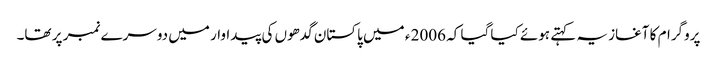
پروگرام کا آغاز یہ کہتے ہوئے کیا گیا کہ 2006 ء میں پاکستان گدھوں کی پیداوار میں دوسرے نمبر پر تھا۔